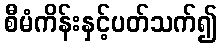
စီမံကိန်းနှင့်ပတ်သက်၍